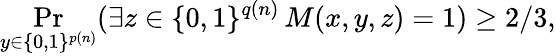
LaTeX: \Pr_{y\in\{ 0,1\} ^{p(n)}}(\exists z\in\{ 0,1\} ^{q(n)}\, M(x,y,z)=1)\geq 2/3,